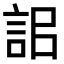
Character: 𧦫